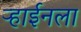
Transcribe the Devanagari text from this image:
ऱ्हाईनला